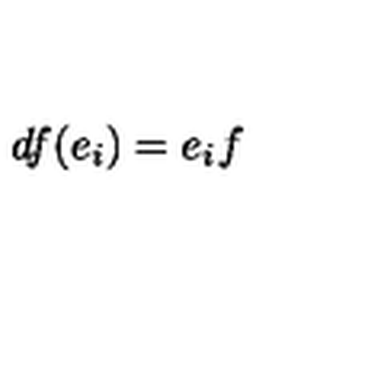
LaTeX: d f ( e _ { i } ) = e _ { i } f